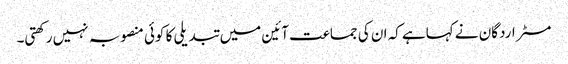
مسٹر اردگان نے کہاہے کہ ان کی جماعت آئین میں تبدیلی کا کوئی منصوبہ نہیں رکھتی۔